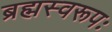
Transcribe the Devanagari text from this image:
ब्रह्मस्वरूपः